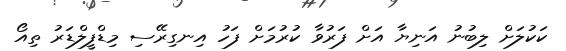
ކަކުލަށް ލިބުނު އަނިޔާ އަށް ފަރުވާ ކުރުމަށް ފަހު އިނގިރޭސި މިޑްފީލްޑަރު ތިއޯ